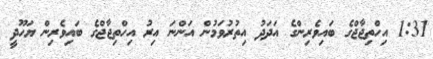
1:31 އިހްތިޖާޖްގެ ބައިވެރިންގެ އަދަދު އިތުރުވަމުން އަންނަ އިރު އިހްތިޖާޖްގެ ބައިވެރިން ޔަހޫދީ